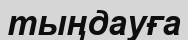
тыңдауға